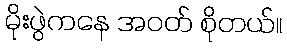
မိုးဖွဲကနေ အဝတ် စိုတယ်။